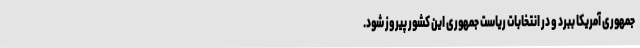
جمهوری آمریکا ببرد و در انتخابات ریاست جمهوری این کشور پیروز شود.